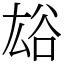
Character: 𧮯